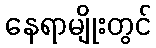
နေရာမျိုးတွင်